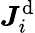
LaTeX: \boldsymbol{J}_{i}^{\mathrm{d}}